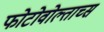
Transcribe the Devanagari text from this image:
फोटोवोल्ताच्स